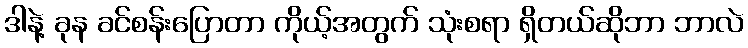
ဒါနဲ့ ခုန ခင်စန်းပြောတာ ကိုယ့်အတွက် သုံးစရာ ရှိတယ်ဆိုဘာ ဘာလဲ